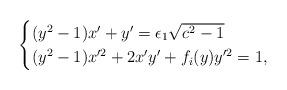
LaTeX: \begin{align*} \begin{cases} (y^2-1)x'+y'=\epsilon_1 \sqrt{c^2-1}\\ (y^2-1)x'^2+2x'y'+f_i(y)y'^2=1,\end{cases}\end{align*}